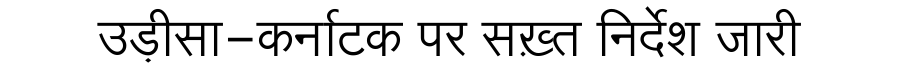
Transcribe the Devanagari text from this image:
उड़ीसा-कर्नाटक पर सख़्त निर्देश जारी